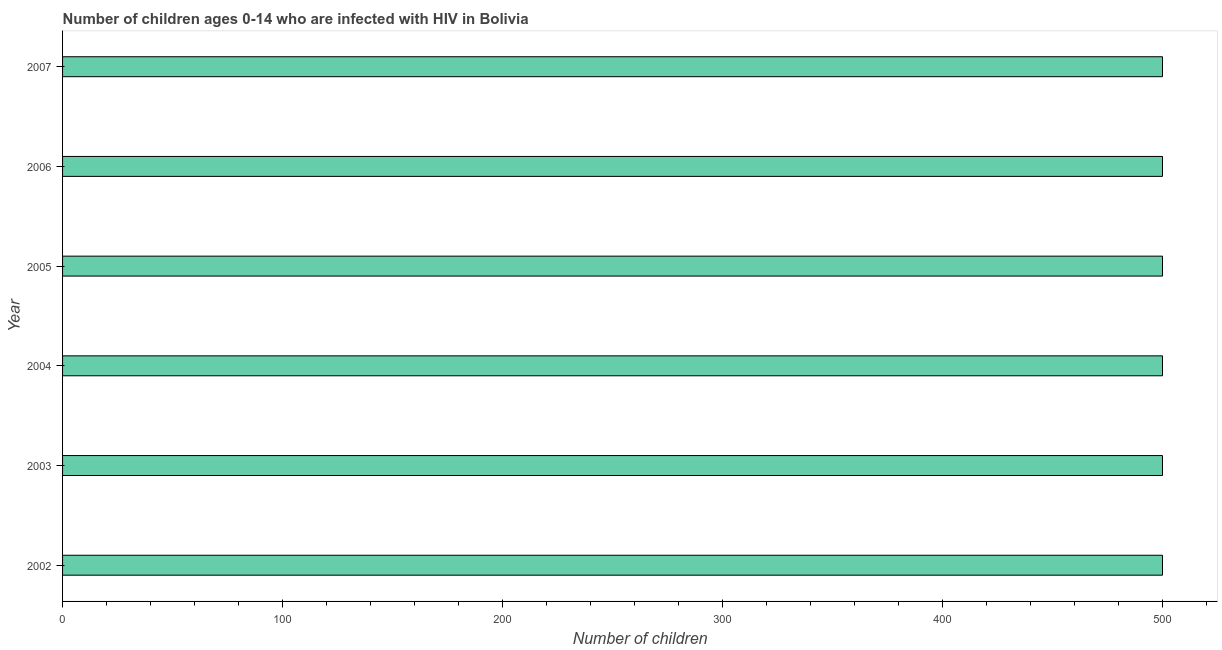
| Year | Children (0-14) living with HIV |
 | --- | --- |
 | 2002 | 500 |
 | 2003 | 500 |
 | 2004 | 500 |
 | 2005 | 500 |
 | 2006 | 500 |
 | 2007 | 500 |